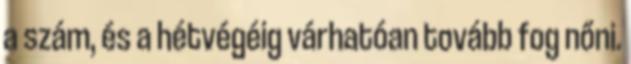
a szám, és a hétvégéig várhatóan tovább fog nőni.